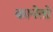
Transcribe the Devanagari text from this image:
कानेतों